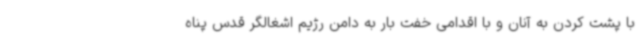
با پشت کردن به آنان و با اقدامی خفت بار به دامن رژیم اشغالگر قدس پناه